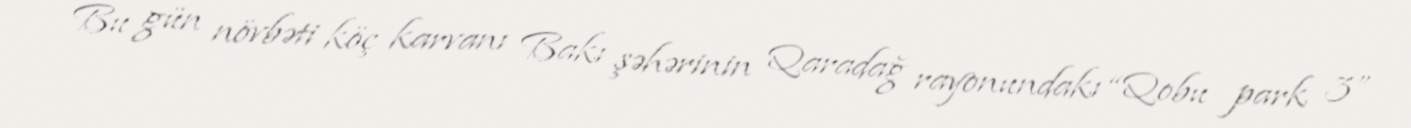
Bu gün növbəti köç karvanı Bakı şəhərinin Qaradağ rayonundakı “Qobu park 3”